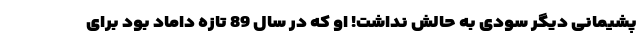
پشیمانی دیگر سودی به حالش نداشت! او که در سال 89 تازه داماد بود برای